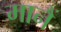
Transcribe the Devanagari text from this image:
मानैं